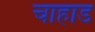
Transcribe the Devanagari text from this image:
चाहाड